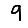
Digit: 9